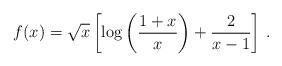
LaTeX: \begin{align*}f(x) = \sqrt{x} \left[ \log \left( \frac{1+x}{x} \right)+{2\over x-1}\right] \,.\end{align*}